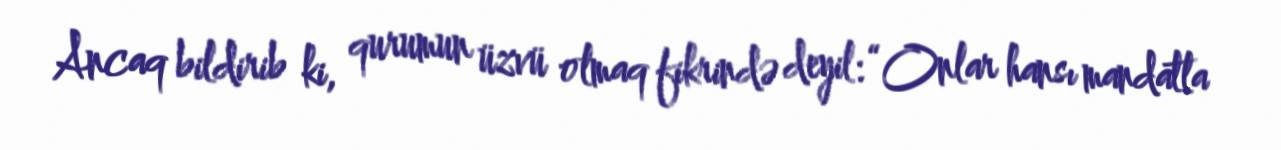
Ancaq bildirib ki, qurumun üzvü olmaq fikrində deyil: “Onlar hansı mandatla